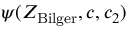
\psi ( Z _ { \mathrm { B i l g e r } } , c , c _ { 2 } )